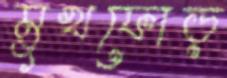
মুখফোড়